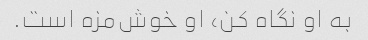
به او نگاه کن، او خوش‌مزه است.